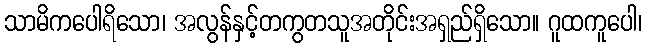
သာမိကပေါရိသော၊ အလွန်နှင့်တကွတသူအတိုင်းအရှည်ရှိသော။ ဂူထကူပေါ၊